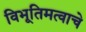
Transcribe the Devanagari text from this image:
विभूतिमत्वाचे